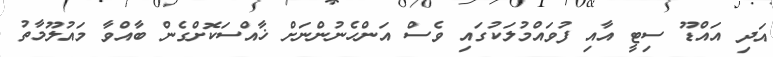
އަދި އައްޑޫ ސިޓީ އާއި ފުވައްމުލަކުގައި ވެސް އަންހެނުންނަށް ޚާއްސަކޮށްގެން ބާއްވާ މައުލޫމާތު